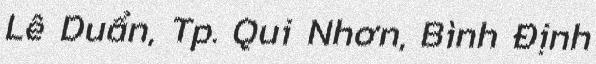
Lê Duẩn, Tp. Qui Nhơn, Bình Định